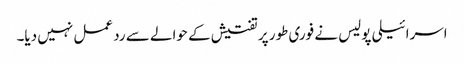
اسرائیلی پولیس نے فوری طور پر تفتیش کے حوالے سے رد عمل نہیں دیا۔